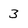
Character: 3